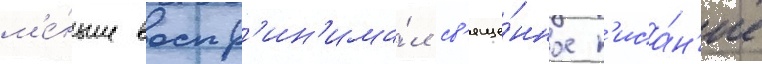
м'е́ньше воспр'ин'има́л св'яще́нное п'иса́н'ие